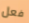
فعل